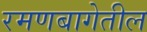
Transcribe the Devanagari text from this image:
रमणबागेतील